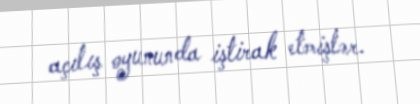
açılış oyununda iştirak etmişlər.